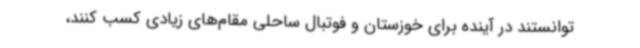
توانستند در آینده برای خوزستان و فوتبال ساحلی مقام‌های زیادی کسب کنند،